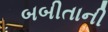
બબીતાની